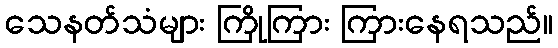
သေနတ်သံများ ကြိုကြား ကြားနေရသည်။